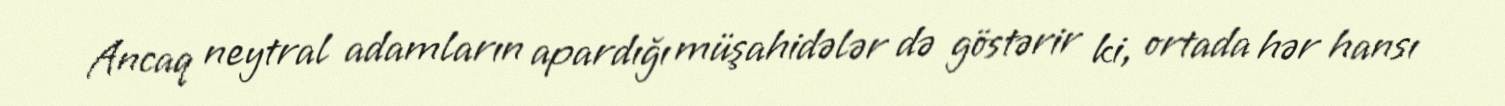
Ancaq neytral adamların apardığı müşahidələr də göstərir ki, ortada hər hansı